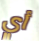
أي